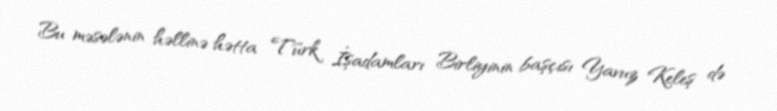
Bu məsələnin həllinə hətta Türk İşadamları Birliyinin başçısı Yavuz Keleş də